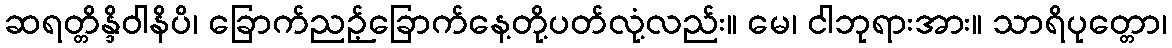
ဆရတ္တိန္ဒိဝါနိပိ၊ ခြောက်ညဉ့်ခြောက်နေ့တို့ပတ်လုံ့လည်း။ မေ၊ ငါဘုရားအား။ သာရိပုတ္တော၊